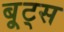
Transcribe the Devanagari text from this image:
बू्ट्स